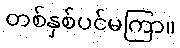
တစ်နှစ်ပင်မကြာ။